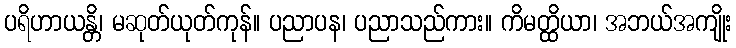
ပရိဟာယန္တိ၊ မဆုတ်ယုတ်ကုန်။ ပညာပန၊ ပညာသည်ကား။ ကိမတ္ထိယာ၊ အဘယ်အကျိုး